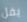
يقل